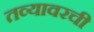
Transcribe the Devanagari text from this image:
तव्यावरची